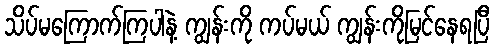
သိပ်မကြောက်ကြပါနဲ့ ကျွန်းကို ကပ်မယ် ကျွန်းကိုမြင်နေရပြီ